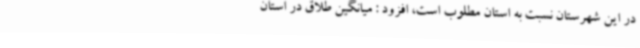
در این شهرستان نسبت به استان مطلوب است، افزود : میانگین طلاق در استان